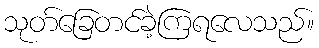
သုတ်ခြေတင်ခဲ့ကြရလေသည်။